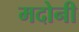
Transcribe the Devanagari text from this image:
मदोनी